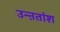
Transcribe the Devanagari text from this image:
उन्ऩतांश